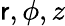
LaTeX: \mathsf{r},\phi,z